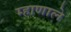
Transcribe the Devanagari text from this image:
म्हाणाले